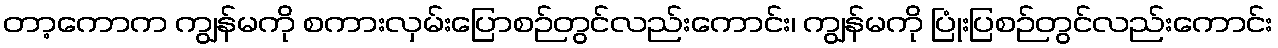
တာ့ကောက ကျွန်မကို စကားလှမ်းပြောစဉ်တွင်လည်းကောင်း၊ ကျွန်မကို ပြုံးပြစဉ်တွင်လည်းကောင်း